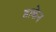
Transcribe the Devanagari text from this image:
हाकेन